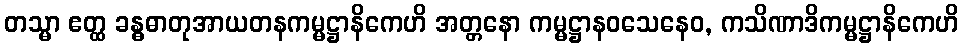
တသ္မာ ဧတ္ထ ခန္ဓဓာတုအာယတနကမ္မဋ္ဌာနိကေဟိ အတ္တနော ကမ္မဋ္ဌာနဝသေနေဝ, ကသိဏာဒိကမ္မဋ္ဌာနိကေဟိ